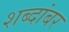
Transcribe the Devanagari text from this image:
शब्दांबर